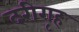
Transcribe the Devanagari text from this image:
दरीगृह